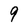
Character: 9